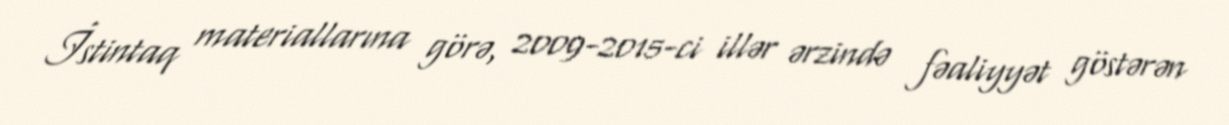
İstintaq materiallarına görə, 2009-2015-ci illər ərzində fəaliyyət göstərən